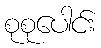
စုစုပေါင်း